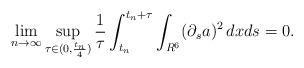
LaTeX: \begin{align*}\lim_{n\to\infty}\sup_{\tau\in(0,\frac{t_n}{4})}\frac{1}{\tau}\int_{t_n}^{t_n+\tau}\int_{R^6}(\partial_sa)^2\,dxds=0.\end{align*}